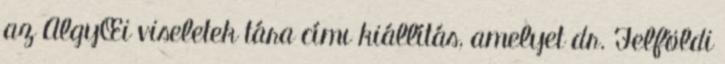
az AlgyŒi viseletek tára címı kiállítás, amelyet dr. Felföldi